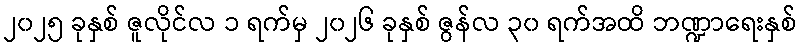
၂၀၂၅ ခုနှစ် ဇူလိုင်လ ၁ ရက်မှ ၂၀၂၆ ခုနှစ် ဇွန်လ ၃၀ ရက်အထိ ဘဏ္ဍာရေးနှစ်